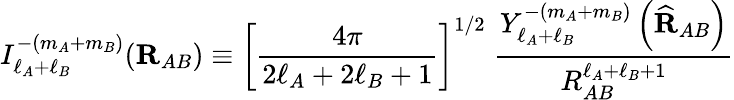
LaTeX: I_{\ell_{A}+\ell_{B}}^{-(m_{A}+m_{B})}(\mathbf{R}_{AB})\equiv\left[{\frac{4\pi}{2\ell_{A}+2\ell_{B}+1}}\right]^{1/2}\; {\frac{Y_{\ell_{A}+\ell_{B}}^{-(m_{A}+m_{B})}\left({\widehat{\mathbf{R}}}_{AB}\right)}{R_{AB}^{\ell_{A}+\ell_{B}+1}}}